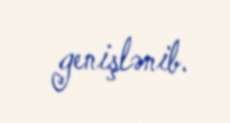
genişlənib.